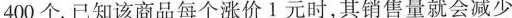
400个。已知该商品每个涨价1元时，其销售量就会减少